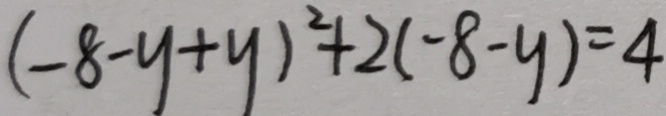
( - 8 - y + y ) ^ { 2 } + 2 ( - 8 - y ) = 4